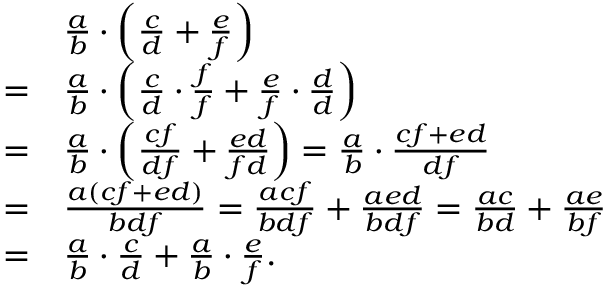
{ \begin{array} { r l } & { { \frac { a } { b } } \cdot \left( { \frac { c } { d } } + { \frac { e } { f } } \right) } \\ { = } & { { \frac { a } { b } } \cdot \left( { \frac { c } { d } } \cdot { \frac { f } { f } } + { \frac { e } { f } } \cdot { \frac { d } { d } } \right) } \\ { = } & { { \frac { a } { b } } \cdot \left( { \frac { c f } { d f } } + { \frac { e d } { f d } } \right) = { \frac { a } { b } } \cdot { \frac { c f + e d } { d f } } } \\ { = } & { { \frac { a ( c f + e d ) } { b d f } } = { \frac { a c f } { b d f } } + { \frac { a e d } { b d f } } = { \frac { a c } { b d } } + { \frac { a e } { b f } } } \\ { = } & { { \frac { a } { b } } \cdot { \frac { c } { d } } + { \frac { a } { b } } \cdot { \frac { e } { f } } . } \end{array} }